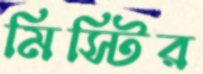
মিস্টির